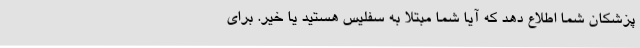
پزشکان شما اطلاع دهد که آیا شما مبتلا به سفلیس هستید یا خیر. برای